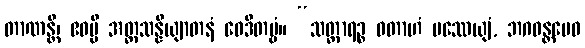
တာဏန္တိ၊ ဧဝမ္ပိ အတ္တသန္နိယျာတနံ ဝေဒိတဗ္ဗံ။ “သတ္ထာရဉ္စ ဝတာဟံ ပဿေယျံ, ဘဂဝန္တမေဝ